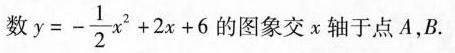
数$$y = - \frac { 1 } { 2 } x ^ { 2 } + 2 x + 6$$的图象交α轴于点A，B.